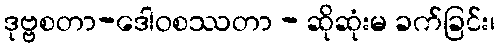
ဒုဗ္ဗစတာ-ဒေါဝစဿတာ - ဆိုဆုံးမ ခက်ခြင်း၊